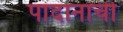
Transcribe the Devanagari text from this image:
पांदानाची